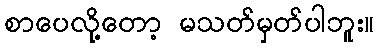
စာပေလို့တော့ မသတ်မှတ်ပါဘူး။